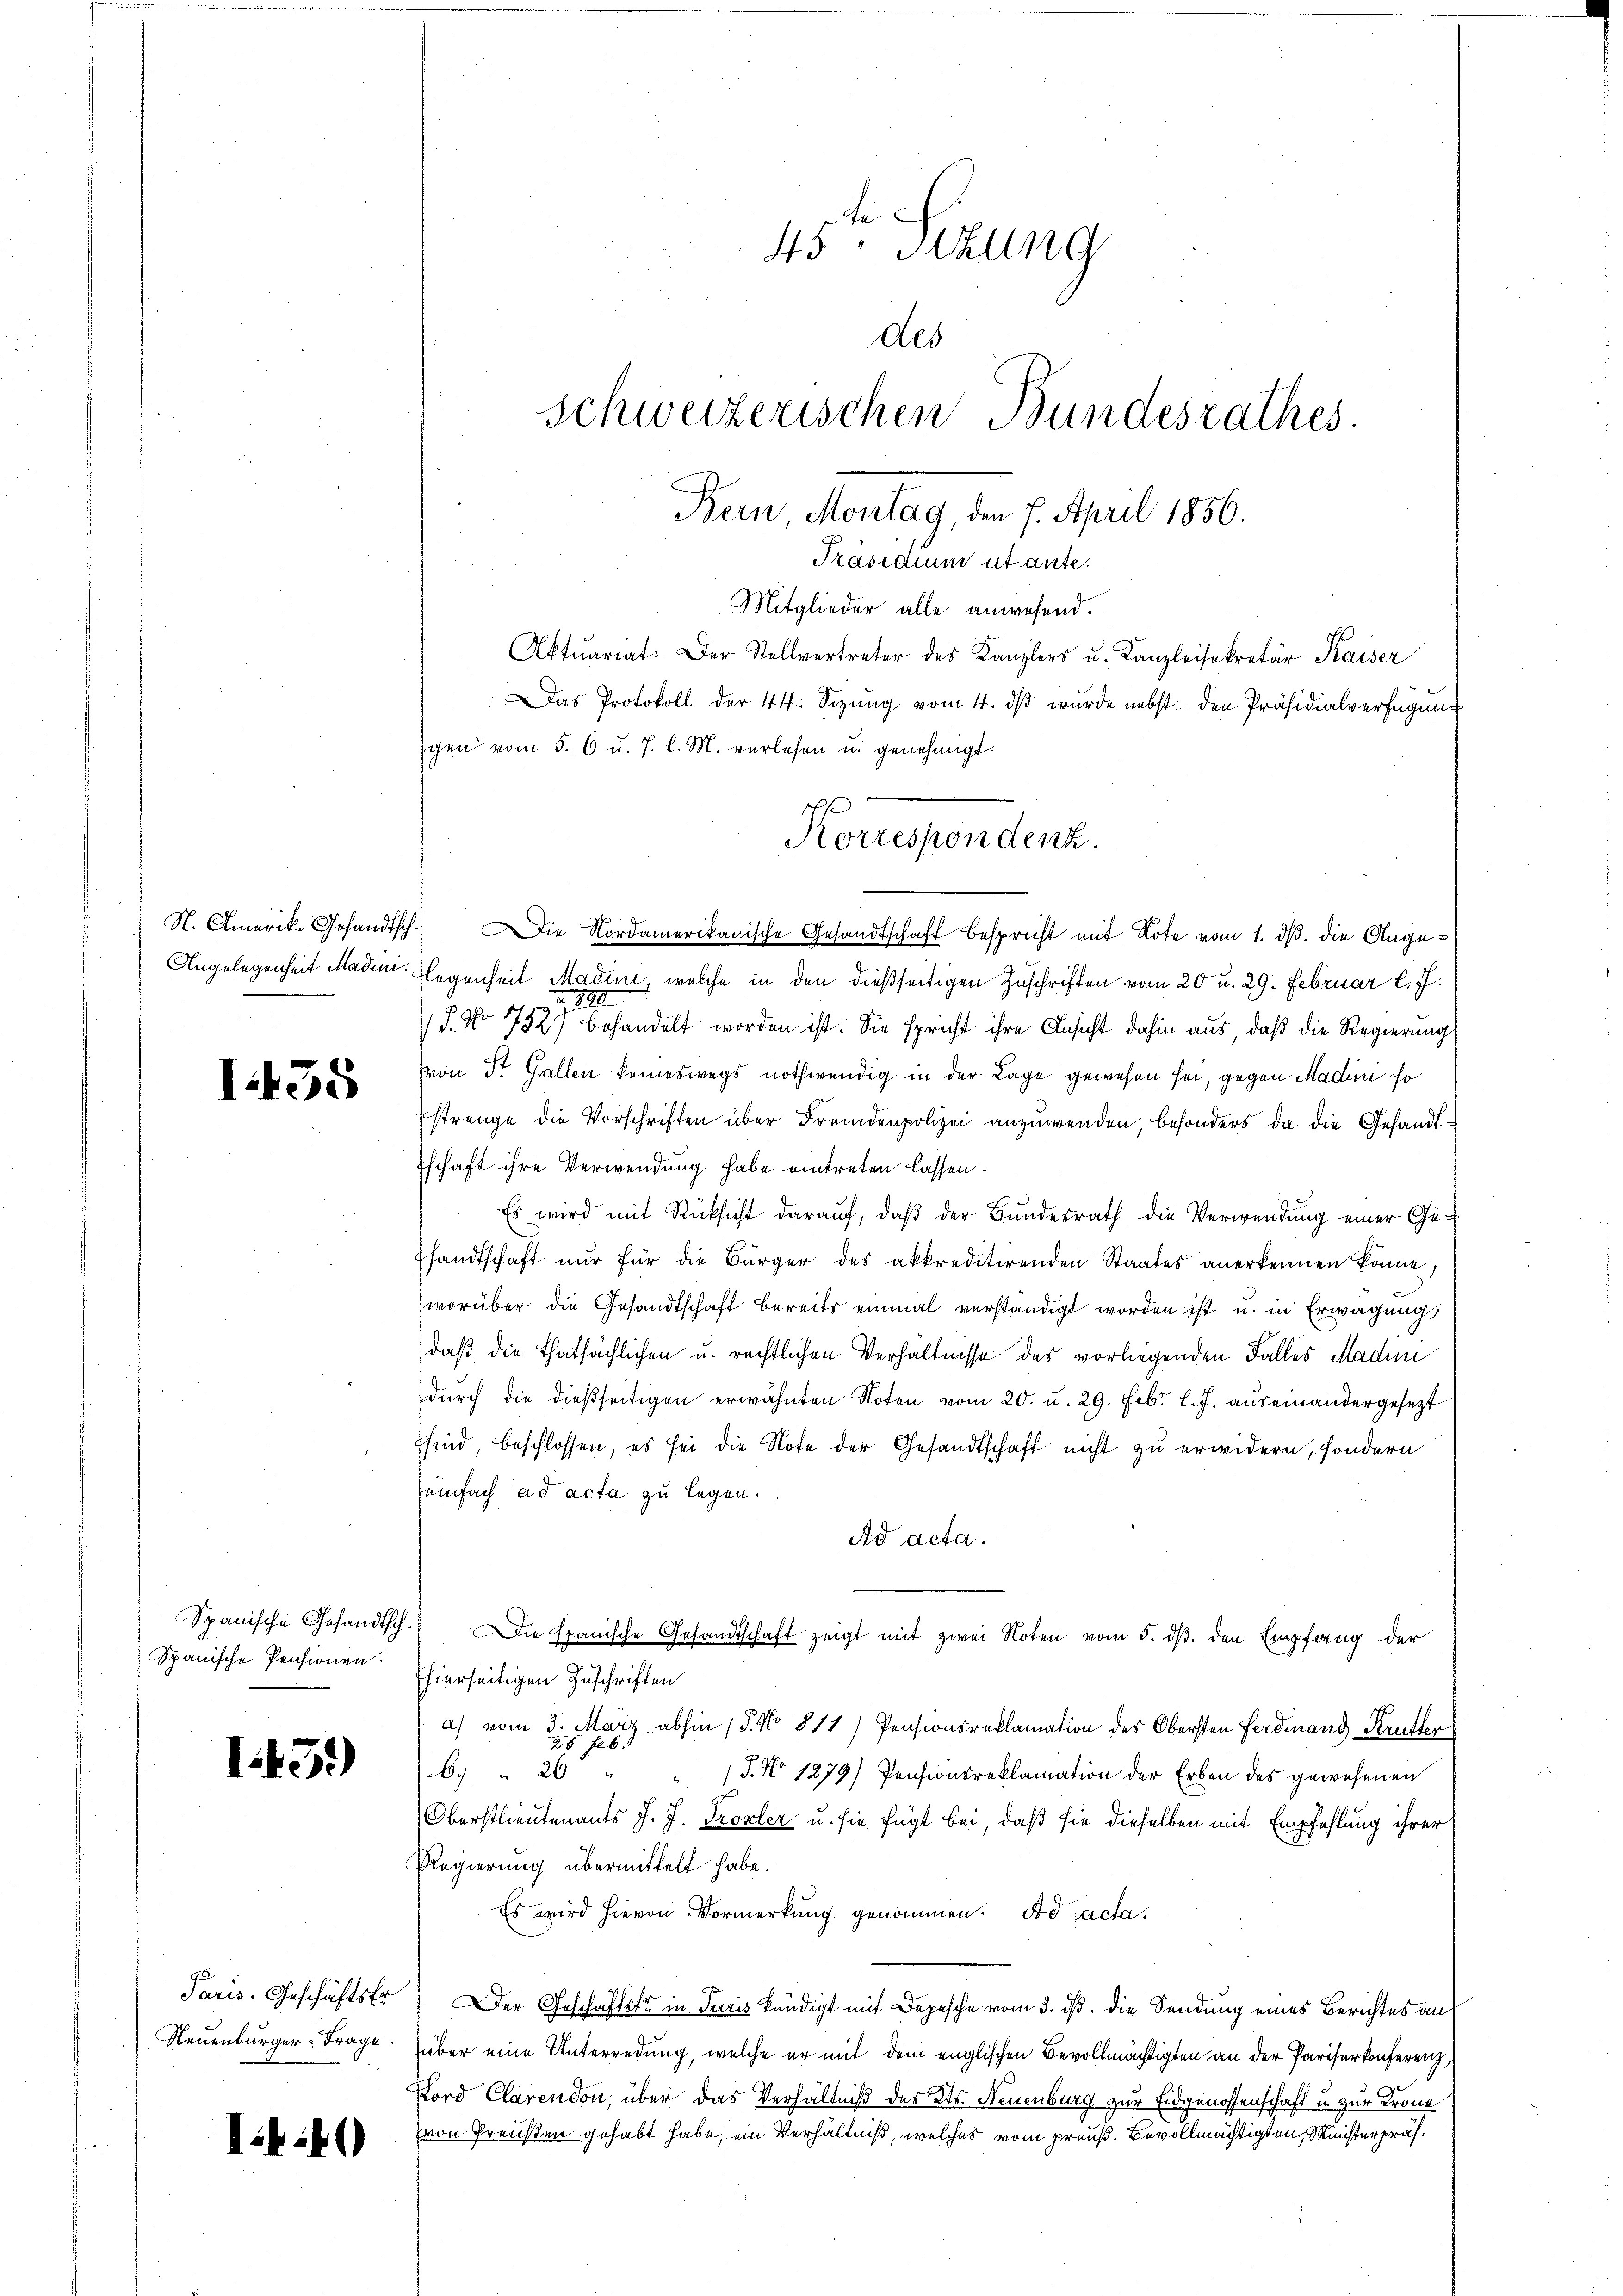
135

Spanische Pensionen.

I49

45ten Sizung
des
schweizerischen Bundesrathes.
Bern Montag, den 7. April 1856.

Präsidium utante.

Mitglieder alle anwesend.
Aktuariat: Der Stellvertreter des Kanzlers u. Kanzleisekretär Kaiser
Das Protokoll der 44. Sizŭng vom 4. dβ wŭrde nebst den Präsidialverfügŭng
N. Amerik. Gesandtsch. Die Nordamerikanische Gesandtschaft bespricht mit Note vom 1. dβ. die Ange¬
Angelegenheit Madem. Gegenheit Madini, welche in den dießseitigen Zuschriften vom 20 u. 29. Februar l. J.
 1890
.
J. No 752) behandelt worden ist. Sie spricht ihre Ansicht dahin aus, daß die Regierung
von St. Gallen keineswegs nothwendig in der Lage gewesen sei, gegen Madini so
strenge die Vorschriften über Fremdenpolizei anzuwenden, besonders da die Gesandtschaft ihre Verwendung habe eintreten lassen.
Es wird mit Rücksicht darauf, daß der Bundesrath die Verwendung einer Ge¬
Pfandtschaft nŭr für die Bürger des akkreditirenden Staates anerkennen könne,
worüber die Gesandtschaft bereits einmal verständigt worden ist u. in Erwägungs
daß die Thatsächlichen u. rechtlichen Verhältnisse des vorliegenden Falles Madini
durch die dießseitigen erwähnten Noten vom 20. u. 29. Febr. l. J. auseinandergesezt
Esind, beschlossen, es sei die Note der Gesandtschaft nicht zu erwidern, sondern
einfach ad acta zu legen.
Ad acta.
Spanische Gesandtsch. Die spanische Gesandtschaft zeigt mit zwei Noten vom 5. ds. den Empfang der
Thierseitigen Zuschriften
a) vom 3. März abhin 15. No 811) Pensionsreklamation des Obersten Ferdinand Krütter
I.33) 161. 26
/J. No 1279) Pensionsreklamation der Erben des gewesenen
Oberstlieutenants J. J. Trovler u. sie fügt bei, daß sie dieselben mit Empfehlung ihrer
Regierung übermittelt habe.
Es wird hievon Vormerkung genommen. ad acta.
Paris. Geschäftsfr. Der Geschäftstr in Paris kündigt mit Depesche vom 3. ds. die Sendung eines Berichtes an
Neuenburger: Frage über eine Unterredung, welche er mit dem englischen Bevollmächtigten an der Pariserkonferenz,
Lord Clarendon, über das Verhältniß des Kts. Neuenburg zur Eidgenossenschaft u. zur Krone
von Preußen gehabt habe, ein Verhältniß, welches vom preuß. Bevollmächtigten, Ministerpräf¬

gen vom 5. 6 u. J. l. M. verlesen u. genehmigt.
Korrespondent.